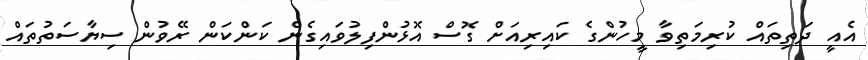
އެއީ ދަތިތައް ކުރިމަތިވާ މީހުންގެ ކައިރިއަށް ގޮސް އޮޅުންފިލުވައިގެން ކަންކަން ރޭވުން ސިޔާސަތުތައް